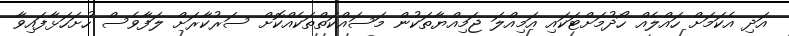
އަދި އެކަމަށް ހައްލެއް ހޯދުމަށްޓަކައި އަމިއްލަ ޖަމިއްޔާތަކުން މަސައްކަތްތަކެއްކޮށް ސަރުކާރަށް ލަފާވެސް ހުށަހަޅާފައިވާ